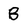
Character: B